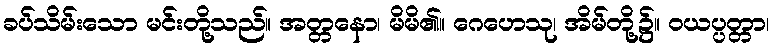
ခပ်သိမ်းသော မင်းတို့သည်။ အတ္တနော၊ မိမိ၏။ ဂေဟေသု၊ အိမ်တို့၌။ ဝယပ္ပတ္တာ၊